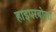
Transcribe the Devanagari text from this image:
हाइपरबोला